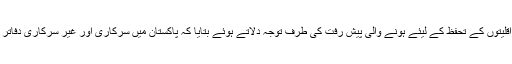
انہوں نے پاکستان میں عورتوں کے حقوق کے حوالے اور اقلیتوں کے تحفظ کے لیئے ہونے والی پیش رفت کی طرف توجہ دلاتے ہوئے بتایا کہ پاکستان میں سرکاری اور غیر سرکاری دفاتر میں ہمیشہ عورتوں کو اچھے عہدے پر بھرتی کیا گیا ہے۔